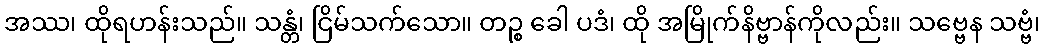
အဿ၊ ထိုရဟန်းသည်။ သန္တံ၊ ငြိမ်သက်သော။ တဉ္စ ခေါ ပဒံ၊ ထို အမြိုက်နိဗ္ဗာန်ကိုလည်း။ သဗ္ဗေန သဗ္ဗံ၊